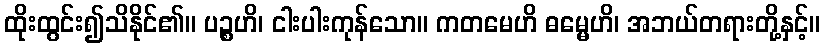
ထိုးထွင်း၍သိနိုင်၏။ ပဉ္စဟိ၊ ငါးပါးကုန်သော။ ကတမေဟိ ဓမ္မေဟိ၊ အဘယ်တရားတို့နှင့်။